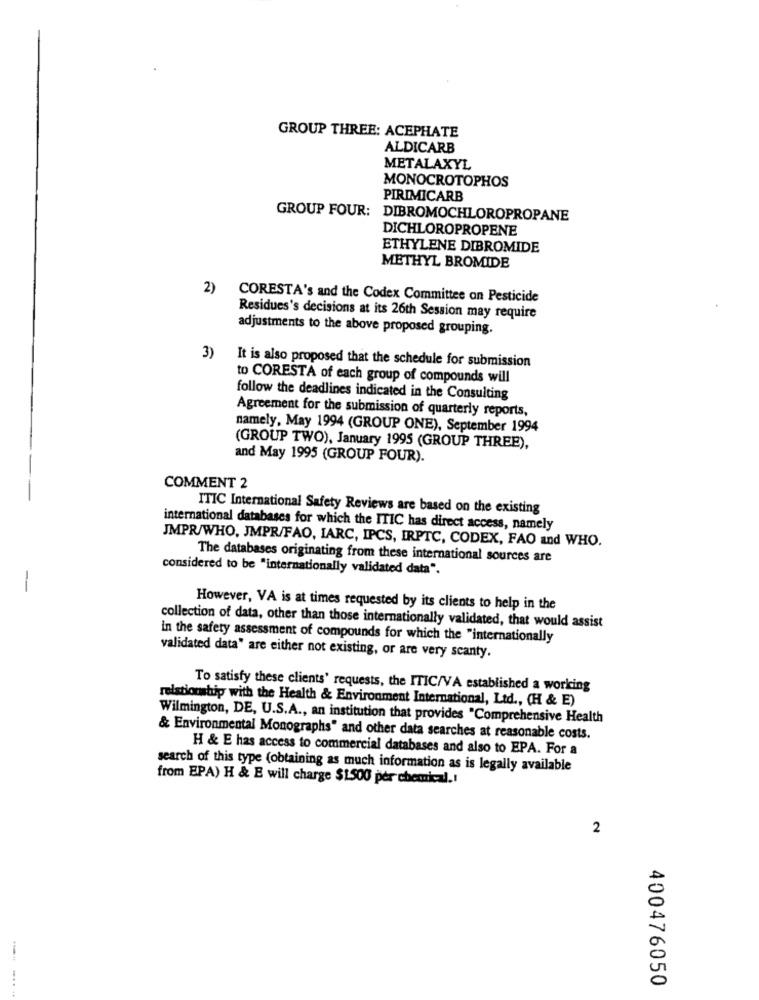
GROUP THREE: ACEPHATE
ALDICARB
METALAXYL
MONOCROTOPHOS
PIRIMICARB
GROUP FOUR:
DIBROMOCHLOROPROPANE
DICHLOROPROPENE
ETHYLENE DIBROMIDE
METHYL BROMIDE
2)
CORESTA's and the Codex Committee on Pesticide
Residues's decisions at its 26th Session may require
adjustments to the above proposed grouping.
3)
It is also proposed that the schedule for submission
to CORESTA of each group of compounds will
follow the deadlines indicated in the Consulting
Agreement for the submission of quarterly reports,
namely, May 1994 (GROUP ONE), September 1994
(GROUP TWO), January 1995 (GROUP THREE),
and May 1995 (GROUP FOUR).
COMMENT 2
ITIC International Safety Reviews are based on the existing
international databases for which the ITIC has direct access, namely
JMPR/WHO, JMPR/FAO, IARC, IPCS, IRPTC, CODEX, FAO and WHO.
The databases originating from these international sources are
considered to be "internationally validated data".
-
However, VA is at times requested by its clients to help in the
collection of data, other than those internationally validated, that would assist
in the safety assessment of compounds for which the "internationally
validated data" are either not existing, or are very scanty.
To satisfy these clients' requests, the ITIC/VA established a working
relationship with the Health & Environment International, Ltd ., (H & E)
Wilmington, DE, U.S.A ., an institution that provides "Comprehensive Health
& Environmental Monographs" and other data searches at reasonable costs.
H & E has access to commercial databases and also to EPA. For a
search of this type (obtaining as much information as is legally available
from EPA) H & E will charge $1500 per chemical .!
2
400476050